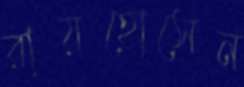
রায়হোসেন